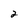
Character: 2